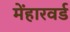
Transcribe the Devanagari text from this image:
मेंहारवर्ड